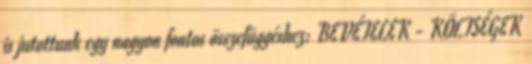
is jutottunk egy nagyon fontos összefüggéshez: BEVÉTELEK - KÖLTSÉGEK